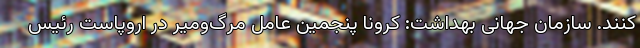
کنند. سازمان جهانی بهداشت: کرونا پنجمین عامل مرگ‌ومیر در اروپاست رئیس